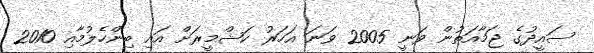
ސައީދުގެ ޖަމާއަތުން ވަނީ 2005 ވަނަ އަހަރު ކަޝްމީރަށް އައި ބިންހެލުމާއި 2010